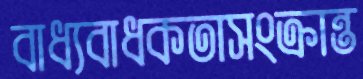
বাধ্যবাধকতাসংক্রান্ত